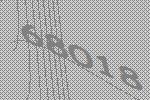
68018